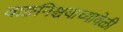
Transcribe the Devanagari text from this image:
वाङनिश्चयाच्यावेळी